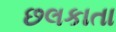
છલકાતા